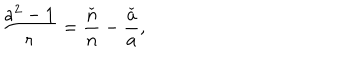
LaTeX: \frac { a ^ { 2 } - 1 } { r } = \frac { \check { n } } { n } - \frac { \check { a } } { a } ,